65_HS1-834228961_62-HQ-83894_Serial_130
Agency: FBI
Page 21
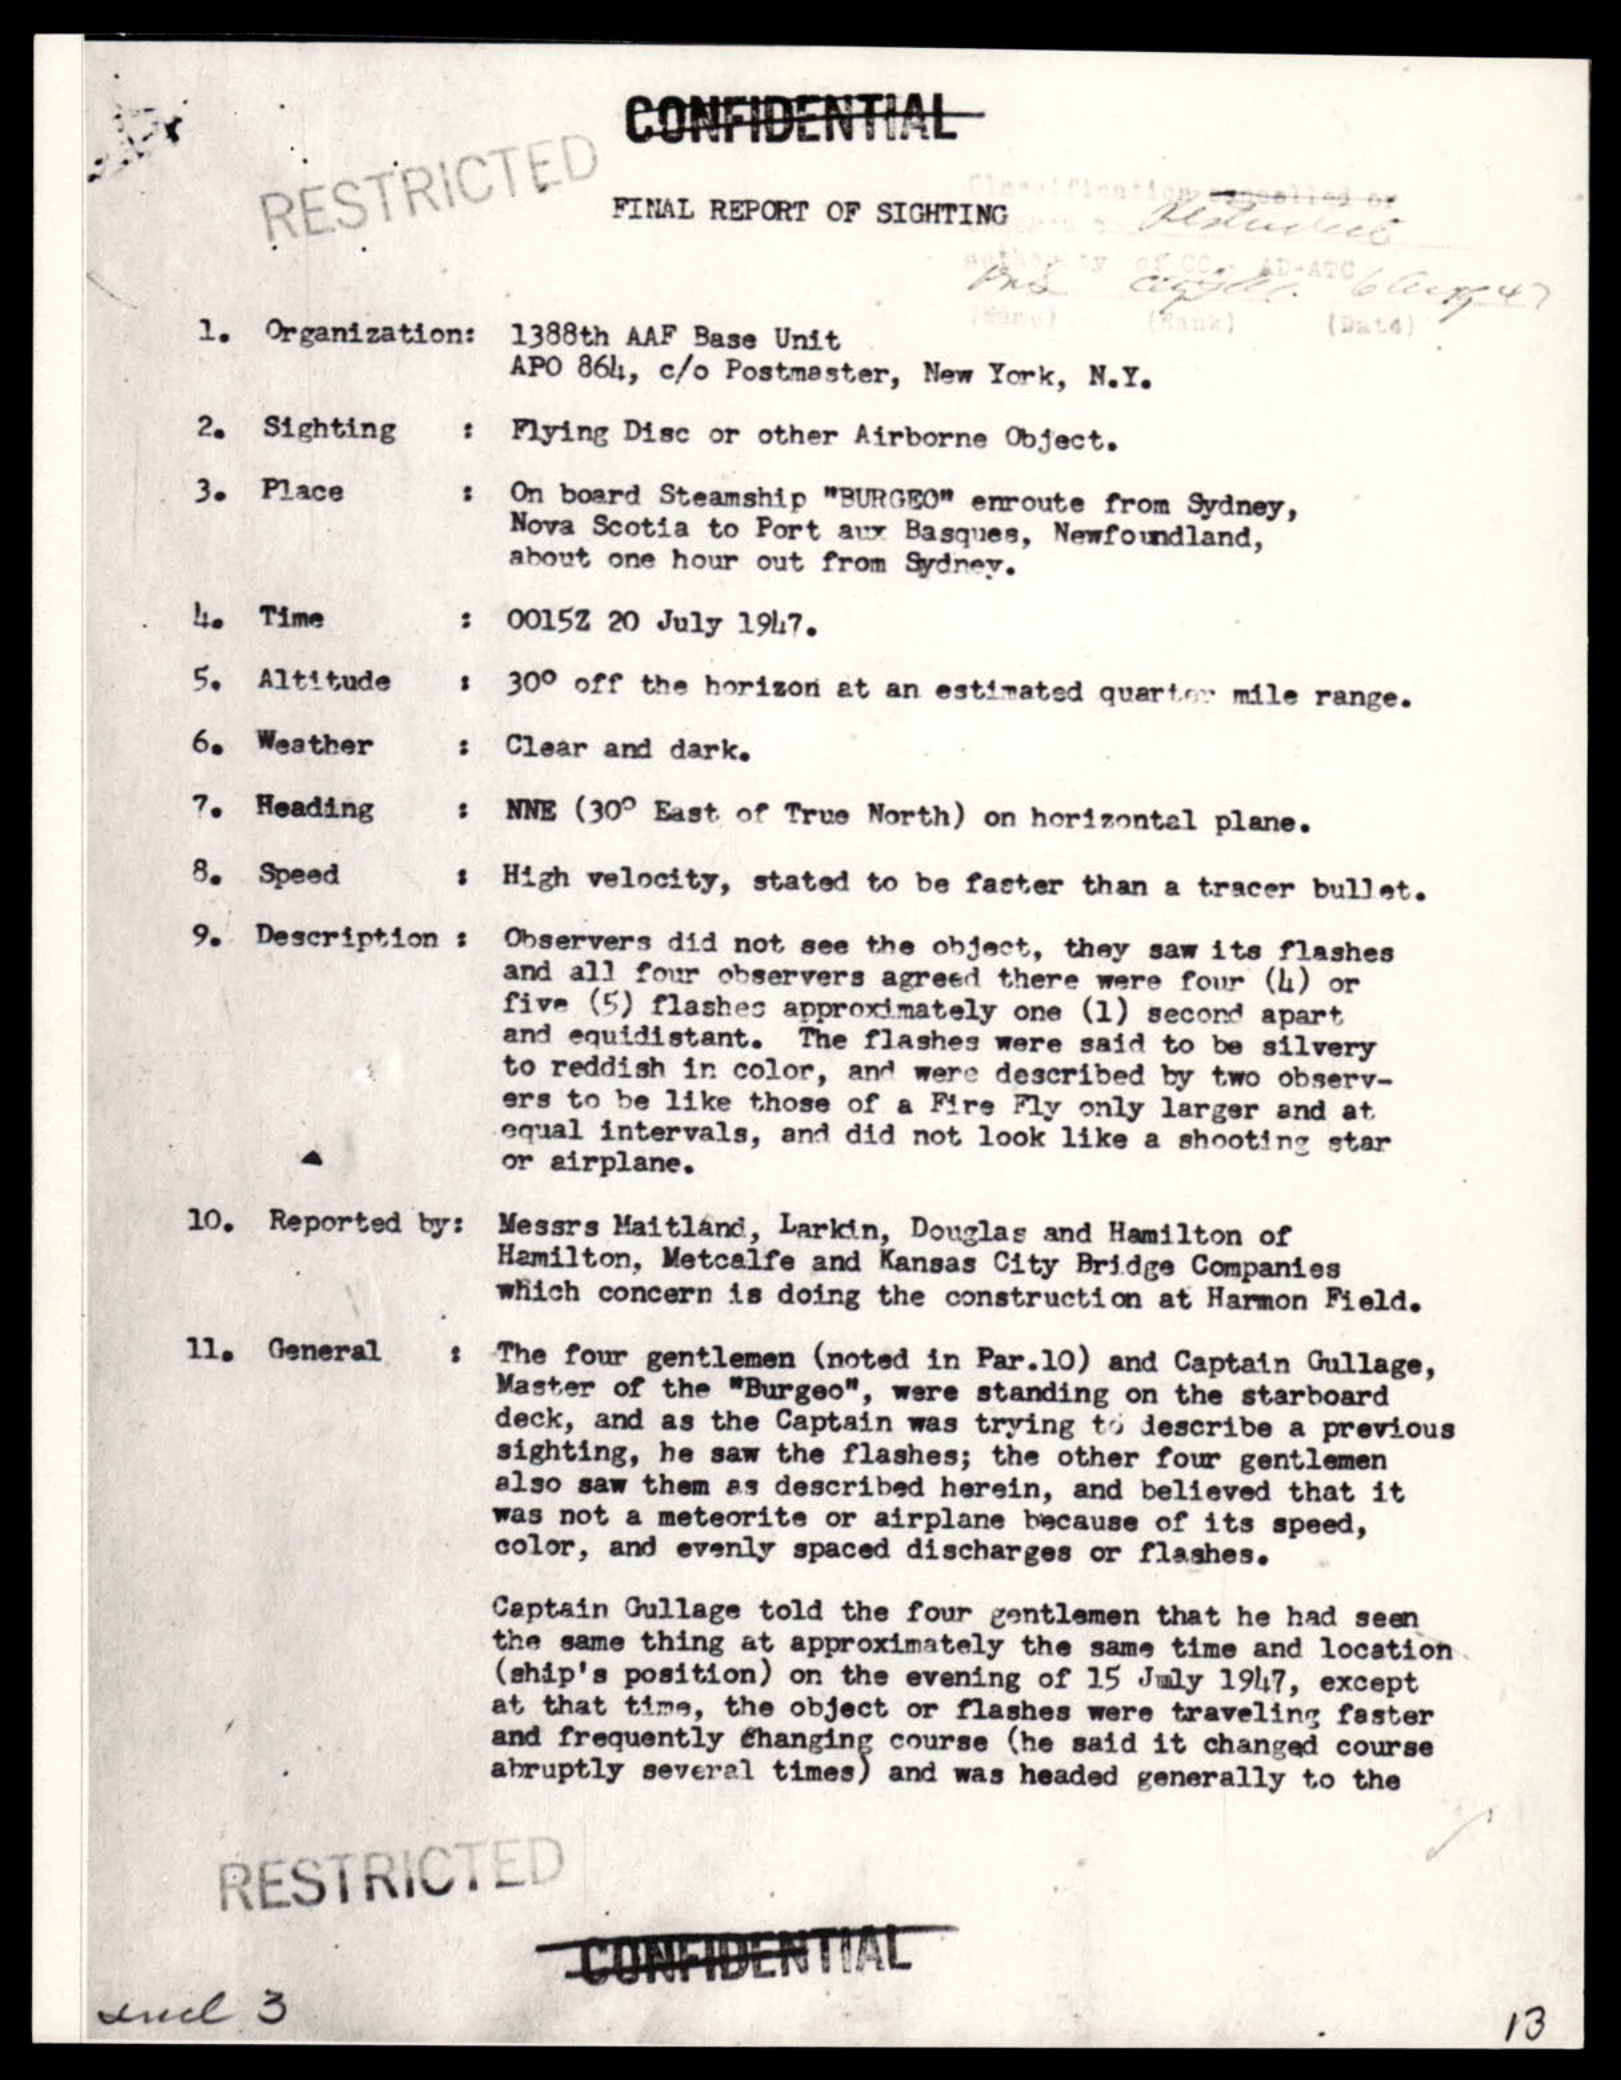